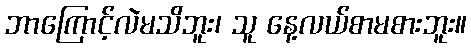
ဘာကြောင့်လဲမသိဘူး၊ သူ နေ့လယ်စာမစားဘူး။